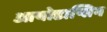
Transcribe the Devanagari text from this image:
आयोडाप्सिन